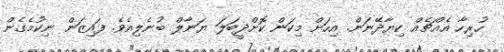
ހުރިހާ އެއްޗެއް ކިޔާދޭނަން. އިހަށް މިކަން ކޮށްދީބަލަ ޔަނާލް ބުނެލިއެވެ. ފައިޒަން ނިކުމެގެން